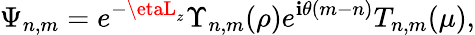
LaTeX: \Psi_{n,m}=e^{-\etaL_{z}}\Upsilon_{n,m}(\rho)e^{\mathbf{i}\theta(m-n)}T_{n,m}(\mu),